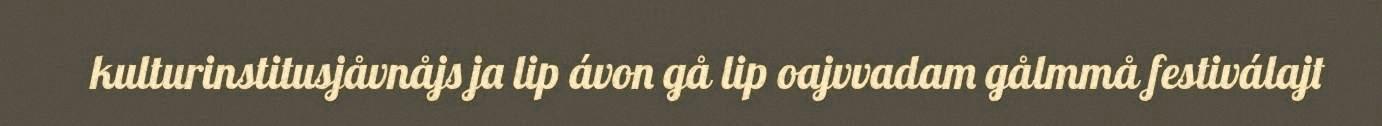
kulturinstitusjåvnåjs ja lip ávon gå lip oajvvadam gålmmå festiválajt